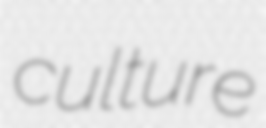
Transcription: culture